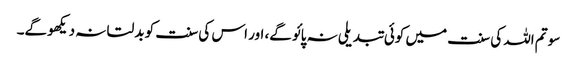
سو تم اللہ کی سنت میں کوئی تبدیلی نہ پائو گے، اور اس کی سنت کو بدلتا نہ دیکھو گے۔